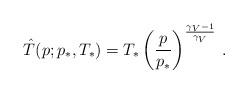
LaTeX: \begin{align*} \hat T(p;p_*,T_*)=T_*\left(\frac{p}{p_*}\right)^{\frac{\gamma_V-1}{\gamma_V}}\,.\end{align*}